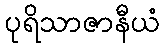
ပုရိသာဇာနီယံ